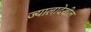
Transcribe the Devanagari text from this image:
ज्यालादेखील